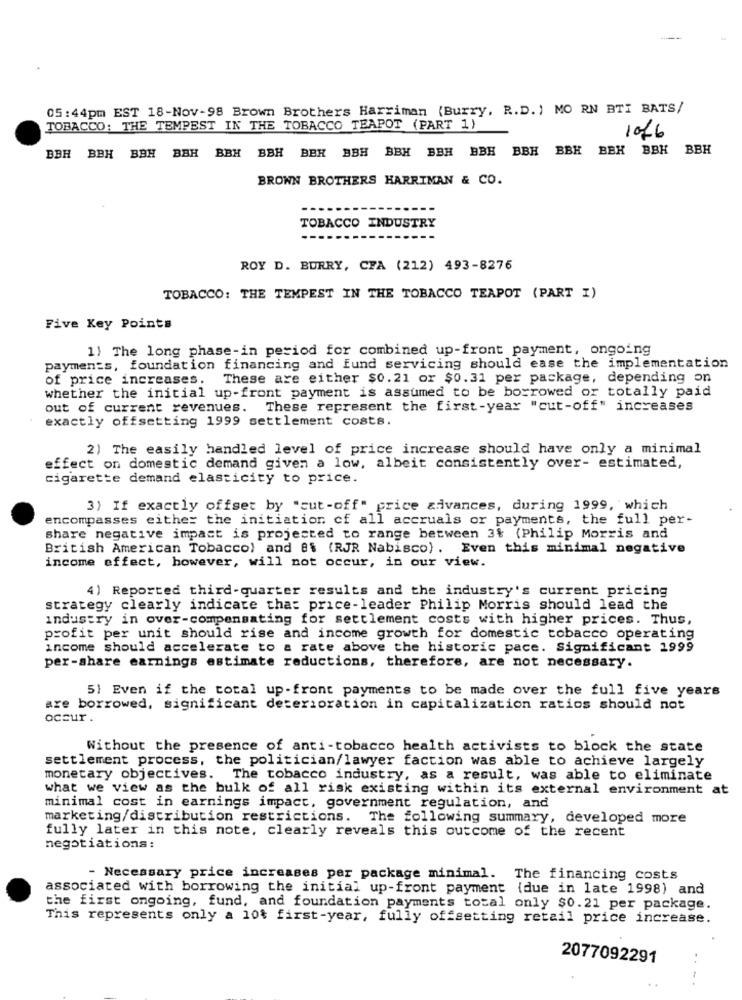
05:44pm EST 18-Nov-98 Brown Brothers Harriman (Burry, R.D. ) MO RN BTI BATS/
TOBACCO: THE TEMPEST IN THE TOBACCO TEAPOT (PART 1)
1016
BBH BEH BBH BBH BBH BBH
BBH BBH BEH BBK
BBH
BBH BBH BBH BBH BBH
BROWN BROTHERS HARRIMAN & CO.
TOBACCO INDUSTRY
ROY D. BURRY, CFA (212) 493-8276
TOBACCO: THE TEMPEST IN THE TOBACCO TEAPOT (PART I)
Five Key Points
1} The long phase-in period for combined up-front payment, ongoing
payments, foundation financing and fund servicing should ease the implementation
of price increases.
These are either $0.21 or $0.31 per package, depending on
whether the initial up-front payment is assumed to be borrowed or totally paid
out of current revenues. These represent the first-year "cut-off" increases
exactly offsetting 1999 settlement costs.
2) The easily handled level of price increase should have only a minimal
effect on domestic demand given a low, albeit consistently over- estimated,
cigarette demand elasticity to price.
3) If exactly offset by "cut-off" price advances, during 1999, which
encompasses either the initiation of all accruals or payments, the full per-
share negative impact is projected to range between 3% (Philip Morris and
British American Tobacco) and 8% (RJR Nabisco) . Even this minimal negative
income effect, however, will not occur, in our view.
4) Reported third-quarter results and the industry's current pricing
strategy clearly indicate that price-leader Philip Morris should lead the
industry in over-compensating for settlement costs with higher prices. Thus,
profit per unit should rise and income growth for domestic tobacco operating
income should accelerate to a rate above the historic pace. Significant 1999
per-share earnings estimate reductions, therefore, are not necessary.
5} Even if the total up-front payments to be made over the full five years
are borrowed, significant deterioration in capitalization ratios should not
occur .
Without the presence of anti-tobacco health activists to block the state
settlement process, the politician/lawyer faction was able to achieve largely
monetary objectives. The tobacco industry, as a result, was able to eliminate
what we view as the bulk of all risk existing within its external environment at
minimal cost in earnings impact. government regulation, and
marketing/distribution restrictions. The following summary, developed more
fully later in this note, clearly reveals this outcome of the recent
negotiations:
- Necessary price increases per package minimal. The financing costs
associated with borrowing the initial up-front payment (due in late 1998) and
the first ongoing, fund, and foundation payments total only $0.21 per package.
This represents only a 10% first-year, fully offsetting retail price increase.
2077092291
..